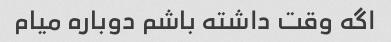
اگه وقت داشته باشم دوباره میام